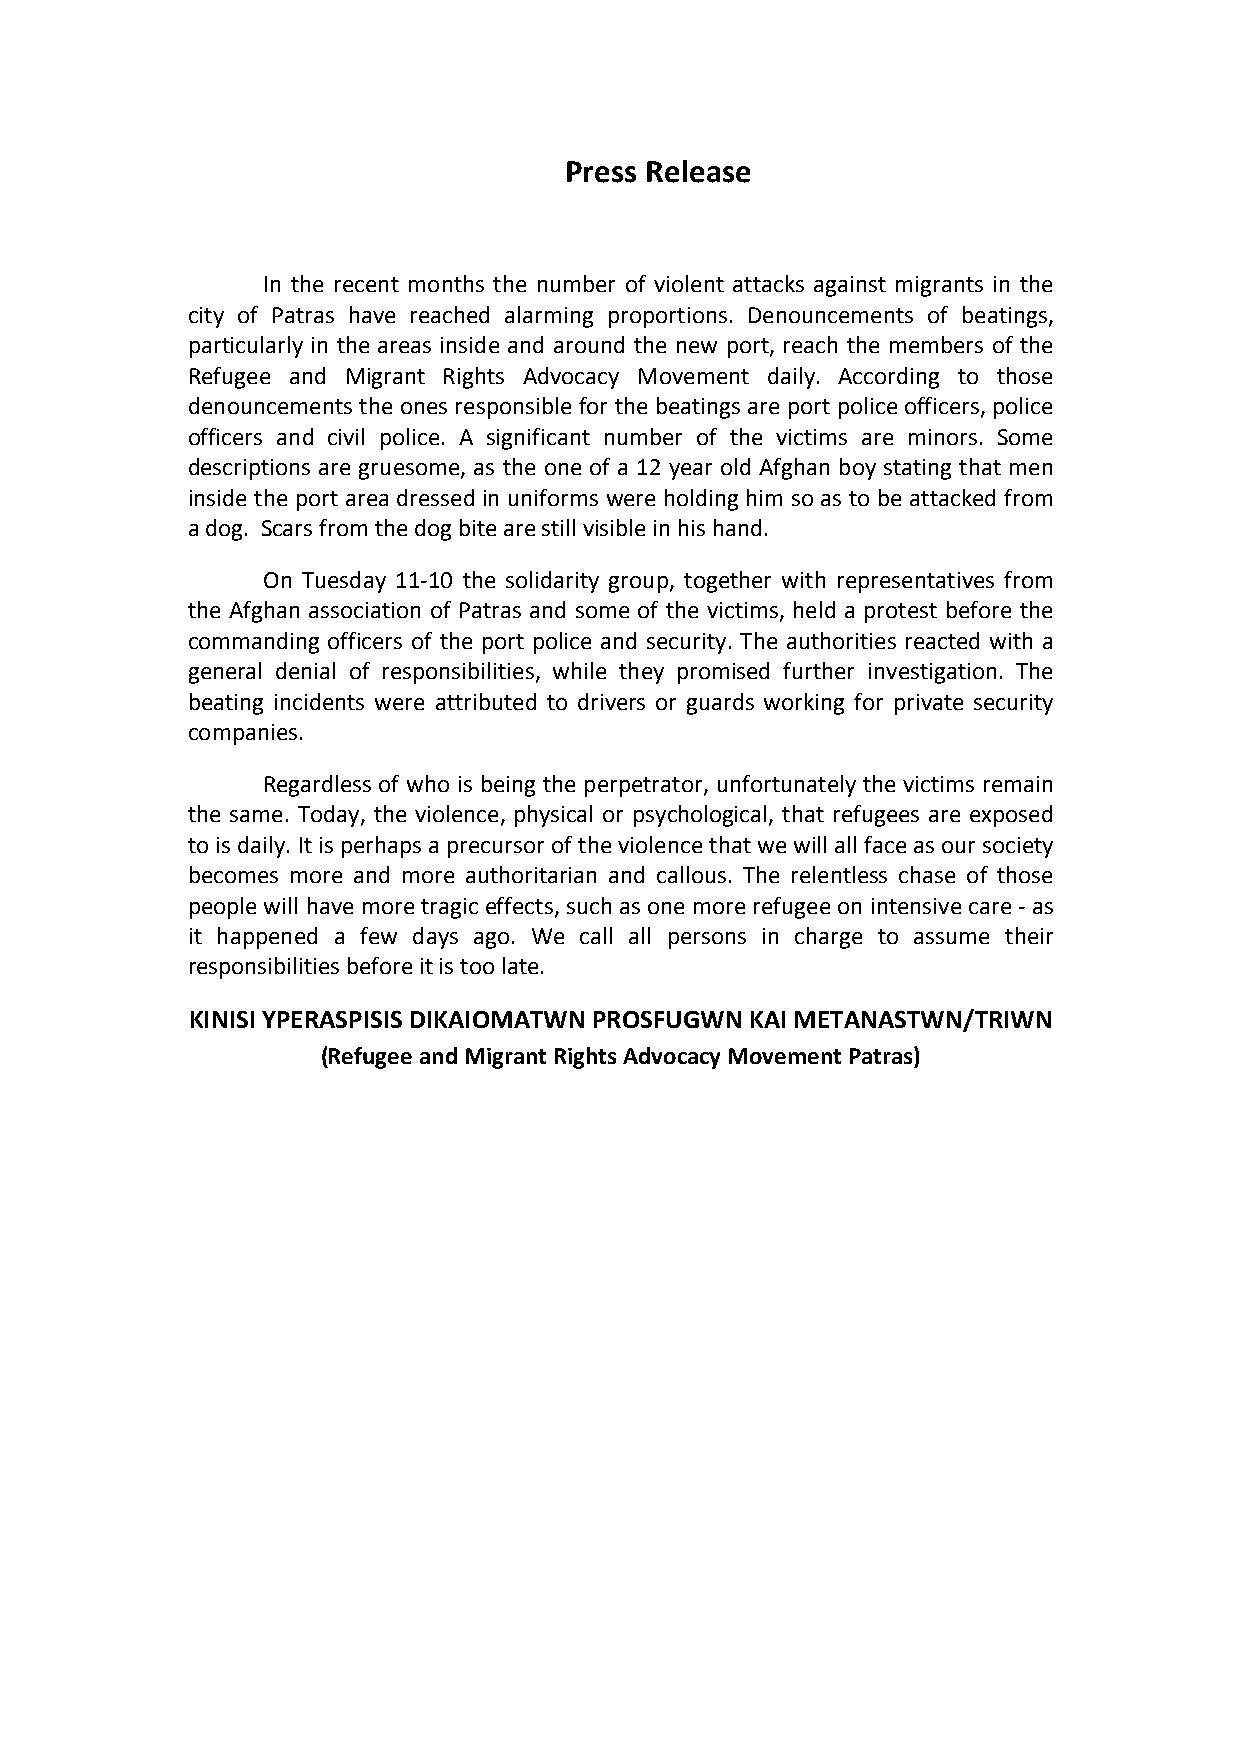
Press Release
 In the recent months the number of violent attacks against migrants in the
 city of Patras have reached alarming proportions. Denouncements of beatings,
 particularly in the areas inside and around the new port, reach the members of the
 Refugee and Migrant Rights Advocacy Movement daily. According to those
 denouncements the ones responsible for the beatings are port police officers, police
 officers and civil police. A significant number of the victims are minors. Some
 descriptions are gruesome, as the one of a 12 year old Afghan boy stating that men
 inside the port area dressed in uniforms were holding him so as to be attacked from
 a dog. Scars from the dog bite are still visible in his hand.
 On Tuesday 11-­‐10 the solidarity group, together with representatives from
 the Afghan association of Patras and some of the victims, held a protest before the
 commanding officers of the port police and security. The authorities reacted with a
 general denial of responsibilities, while they promised further investigation. The
 beating incidents were attributed to drivers or guards working for private security
 companies.
 Regardless of who is being the perpetrator, unfortunately the victims remain
 the same. Today, the violence, physical or psychological, that refugees are exposed
 to is daily. It is perhaps a precursor of the violence that we will all face as our society
 becomes more and more authoritarian and callous. The relentless chase of those
 people will have more tragic effects, such as one more refugee on intensive care -­‐ as
 it happened a few days ago. We call all persons in charge to assume their
 responsibilities before it is too late.
 KINISI YPERASPISIS DIKAIOMATWN PROSFUGWN KAI METANASTWN/TRIWN
 (Refugee and Migrant Rights Advocacy Movement Patras)